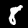
Digit: 8